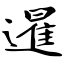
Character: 暹